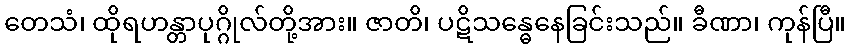
တေသံ၊ ထိုရဟန္တာပုဂ္ဂိုလ်တို့အား။ ဇာတိ၊ ပဋိသန္ဓေနေခြင်းသည်။ ခီဏာ၊ ကုန်ပြီ။